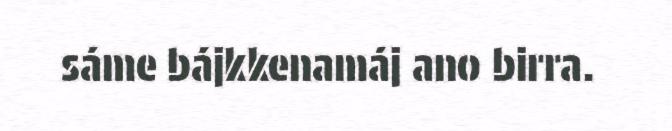
sáme bájkkenamáj ano birra.